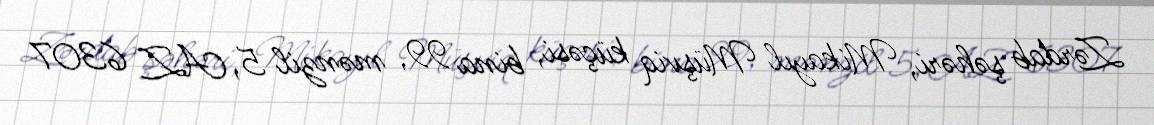
Zərdab şəhəri, Mikayıl Müşviq küçəsi, bina 99, mənzil 5, AZ 6307